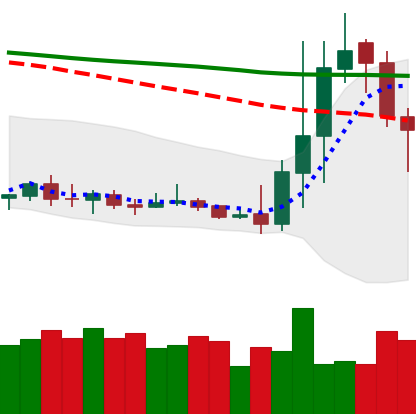
Ticker: DOGE-USD
Chart end date: 2020-01-09
Forward return: 9.486%
Label: up_7plus